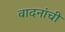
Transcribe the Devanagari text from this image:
वादनांची